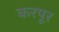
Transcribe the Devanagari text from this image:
करपूर